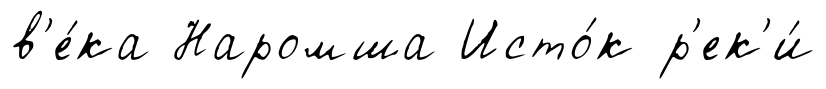
в'е́ка Наромша Исто́к р'ек'и́